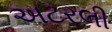
અટરલી